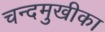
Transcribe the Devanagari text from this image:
चन्दमुखीका